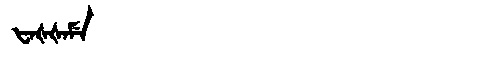
Manchu: ᡶᠠᡧᡧᠠᠮᡝ
Romanization: FAŠŠAME